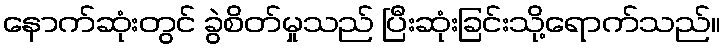
နောက်ဆုံးတွင် ခွဲစိတ်မှုသည် ပြီးဆုံးခြင်းသို့ရောက်သည်။